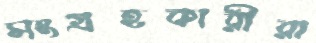
সংগ্রহকারীরা